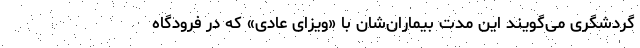
گردشگری می‌گویند این مدت بیماران‌شان با «ویزای عادی» که در فرودگاه